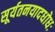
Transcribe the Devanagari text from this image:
सूर्यतनयादधोधः